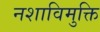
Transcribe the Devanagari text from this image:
नशाविमुक्ति